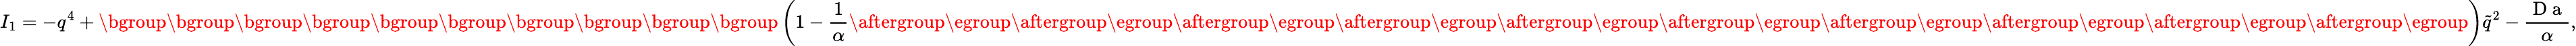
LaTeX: I_{1}=-q^{4}+\mathopen{}\mathclose\bgroup\mathopen{}\mathclose\bgroup\mathopen{}\mathclose\bgroup\mathopen{}\mathclose\bgroup\mathopen{}\mathclose\bgroup\mathopen{}\mathclose\bgroup\mathopen{}\mathclose\bgroup\mathopen{}\mathclose\bgroup\mathopen{}\mathclose\bgroup\mathopen{}\mathclose\bgroup\left(1-\frac{1}{\alpha}\aftergroup\egroup\aftergroup\egroup\aftergroup\egroup\aftergroup\egroup\aftergroup\egroup\aftergroup\egroup\aftergroup\egroup\aftergroup\egroup\aftergroup\egroup\aftergroup\egroup\right)\tilde{q}^{2}-\frac{\mathrm{~D~a~}}{\alpha},